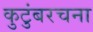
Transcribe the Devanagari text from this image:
कुटुंबरचना